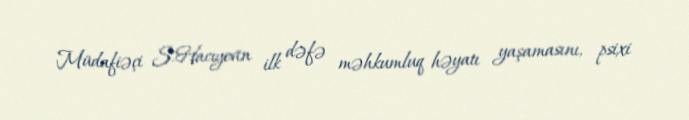
Müdafiəçi S.Hacıyevin ilk dəfə məhkumluq həyatı yaşamasını, psixi